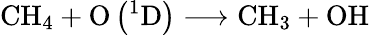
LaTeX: \mathrm{CH}_{4}+\mathrm{O}\left({}^{1}\mathrm{D}\right)\longrightarrow\mathrm{CH}_{3}+\mathrm{OH}